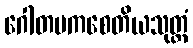
ဂေါတမကစေတိယသုတ္တံ